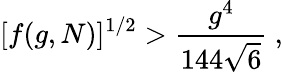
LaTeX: [f(g,N)]^{1/2}>{\frac{g^{4}}{144\sqrt{6}}}~,